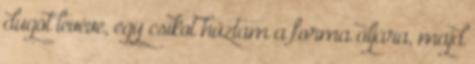
dugót levéve, egy csíkot húztam a forma aljára, majd